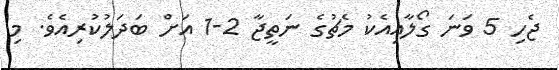
ޖެހި 5 ވަނަ ގޯލާއިއެކު މެޗުގެ ނަތީޖާ 2-1 އަށް ބަދަލުކުރިއެވެ. މި